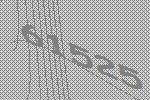
61525